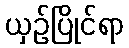
ယှဉ်ပြိုင်ရာ